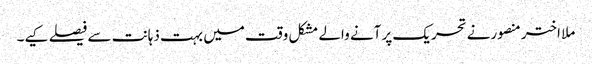
ملا اختر منصورنے تحریک پر آنے والے مشکل وقت میں بہت ذہانت سے فیصلے کیے۔